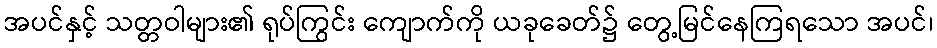
အပင်နှင့် သတ္တဝါများ၏ ရုပ်ကြွင်း ကျောက်ကို ယခုခေတ်၌ တွေ့မြင်နေကြရသော အပင်၊